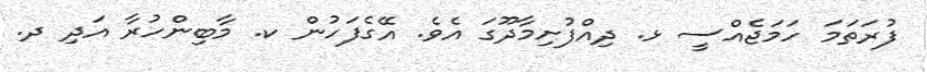
ފުރަތަމަ ހަމަޖެއްސީ ޅ. ދިއްފުށިމާދޫގަ އެވެ. އޭގެފަހުން ކ. މާބިންހުރާ އަދި ދ.